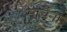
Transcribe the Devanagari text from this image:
मार्चेना